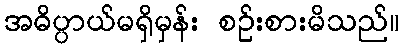
အဓိပ္ပာယ်မရှိမှန်း စဉ်းစားမိသည်။